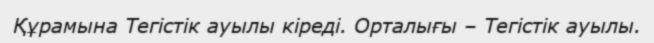
Құрамына Тегістік ауылы кіреді. Орталығы – Тегістік ауылы.